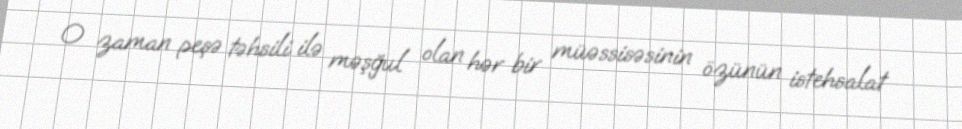
O zaman peşə təhsili ilə məşğul olan hər bir müəssisəsinin özünün istehsalat